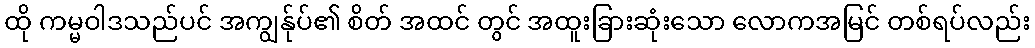
ထို ကမ္မဝါဒသည်ပင် အကျွန်ုပ်၏ စိတ် အထင် တွင် အထူးခြားဆုံးသော လောကအမြင် တစ်ရပ်လည်း